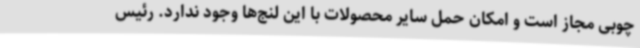
چوبی مجاز است و امکان حمل سایر محصولات با این لنج‌ها وجود ندارد. رئیس